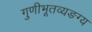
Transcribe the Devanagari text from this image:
गुणीभूतव्यङग्य